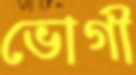
ভোগী